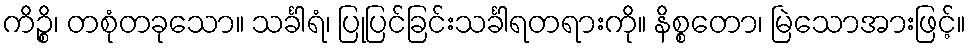
ကိဉ္စိ၊ တစုံတခုသော။ သင်္ခါရံ၊ ပြုပြင်ခြင်းသင်္ခါရတရားကို။ နိစ္စတော၊ မြဲသောအားဖြင့်။